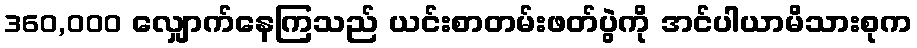
360,000 လျှောက်နေကြသည် ယင်းစာတမ်းဖတ်ပွဲကို အင်ပါယာမိသားစုက